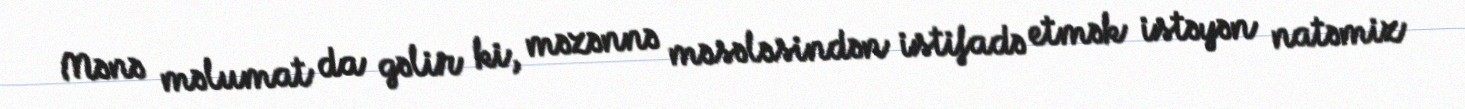
Mənə məlumat da gəlir ki, məzənnə məsələsindən istifadə etmək istəyən natəmiz